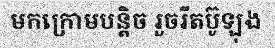
មកក្រោមបន្តិច រួចរឹតប៊ូឡុង